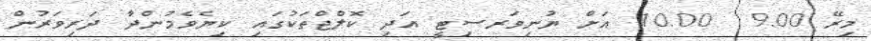
މިރޭ 9.00  10.00 އަށް ޔުނިވަރސިޓީ އަދި ކޮލްޖްތަކުގައި ކިޔެވެމުންދާ ދަރިވަރުން